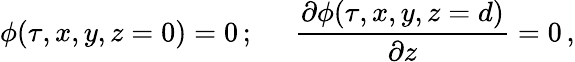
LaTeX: \phi(\tau,x,y,z=0)=0\, ;\; \; \; \; \; {\frac{\partial\phi(\tau,x,y,z=d)}{\partial z}}=0\, ,